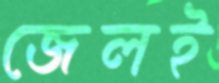
জেলই